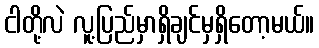
ငါတို့လဲ လူ့ပြည်မှာရှိချင်မှရှိတော့မယ်။